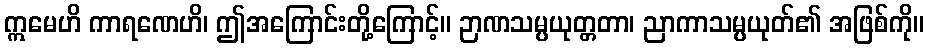
ဣမေဟိ ကာရဏေဟိ၊ ဤအကြောင်းတို့ကြောင့်။ ဉာဏသမ္ပယုတ္တတာ၊ ညာကာသမ္ပယုတ်၏ အဖြစ်ကို။